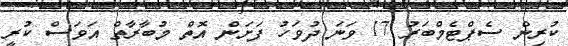
ކުރިން ސެޕްޓެމްބަރު 17 ވަނަ ދުވަހު ފަށަން އޮތް މުބާރާތް އަވަސް ކުރީ